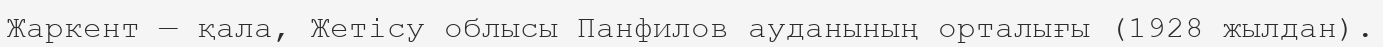
Жаркент — қала, Жетісу облысы Панфилов ауданының орталығы (1928 жылдан).